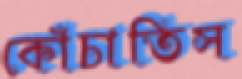
কোঁচাতিস